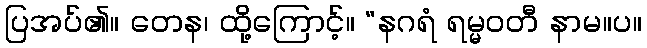
ပြအပ်၏။ တေန၊ ထို့ကြောင့်။ “နဂရံ ရမ္မဝတီ နာမ။ပ။